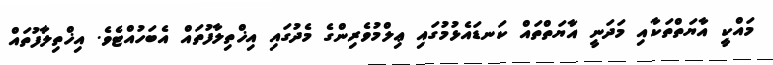
މައްކީ އާޔަތްތަކާއި މަދަނީ އާޔަތްތައް ކަނޑައެޅުމުގައި ޢިލްމުވެރިންގެ މެދުގައި އިޚްތިލާފުތައް އެބަހުއްޓެވެ. އިޚްތިލާފުތައް